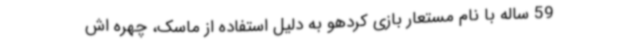
59 ساله با نام مستعار بازی کردهو به دلیل استفاده از ماسک، چهره اش